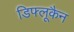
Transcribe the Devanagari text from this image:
डिफ्लूकैन